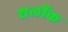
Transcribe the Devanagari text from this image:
शर्लौक